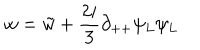
LaTeX: w = \tilde { w } + { \frac { 2 i } { 3 } } \partial _ { + + } \psi _ { L } \psi _ { L }